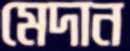
মেদান